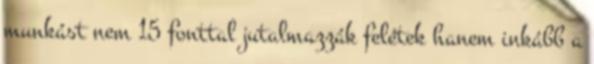
munkást nem 15 fonttal jutalmazzák felétek hanem inkább a